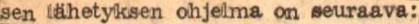
sen lähetyksen ohjelma on seuraava: